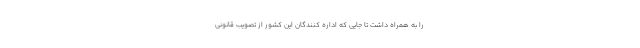
را به همراه داشت تا جایی که اداره کنندگان این کشور از تصویب قانونی